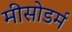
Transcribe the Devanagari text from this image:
मीसोडर्म